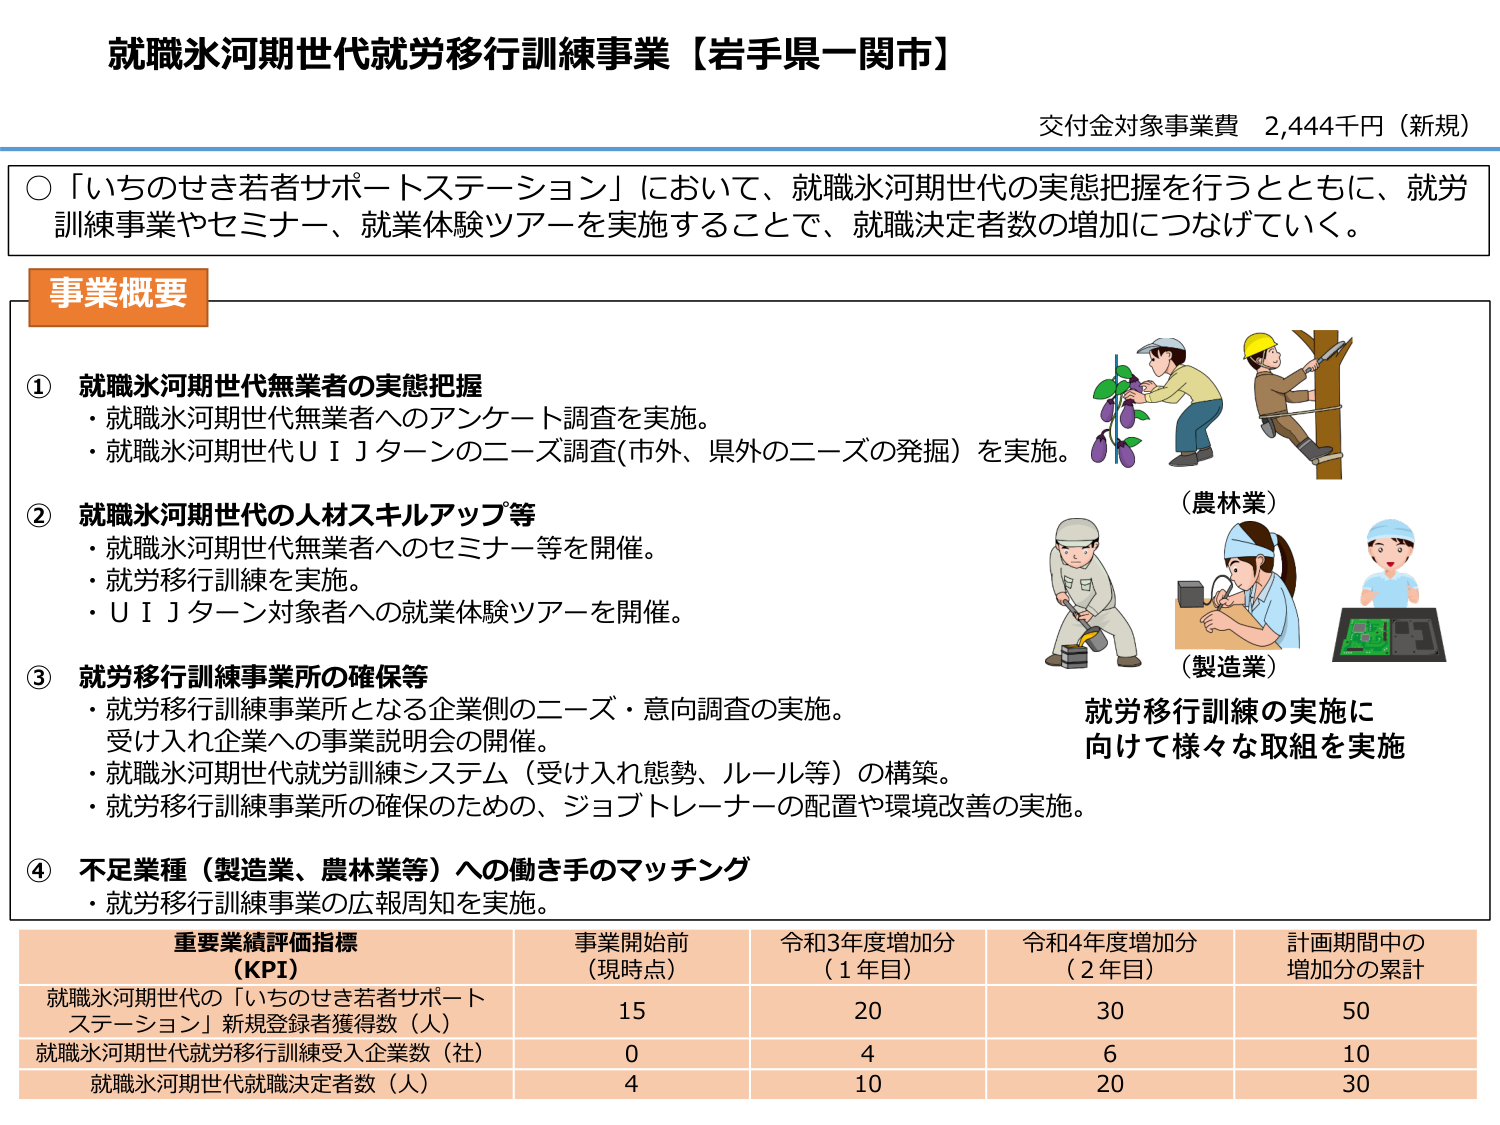
就職氷河期世代就労移行訓練事業【岩手県一関市】
交付金対象事業費 2,444千円（新規）

○「いちのせき若者サポートステーション」において、就職氷河期世代の実態把握を行うとともに、就労訓練事業やセミナー、就業体験ツアーを実施することで、就職決定者数の増加につなげていく。

**事業概要**

① 就職氷河期世代無業者の実態把握
・就職氷河期世代無業者へのアンケート調査を実施。
・就職氷河期世代ＵＩＪターンのニーズ調査（市外、県外のニーズの発掘）を実施。

② 就職氷河期世代の人材スキルアップ等
・就職氷河期世代無業者へのセミナー等を開催。
・就労移行訓練を実施。
・ＵＩＪターン対象者への就業体験ツアーを開催。

③ 就労移行訓練事業所の確保等
・就労移行訓練事業所となる企業側のニーズ・意向調査の実施。受け入れ企業への事業説明会の開催。
・就職氷河期世代就労訓練システム（受け入れ態勢、ルール等）の構築。
・就労移行訓練事業所の確保のための、ジョブトレーナーの配置や環境改善の実施。

④ 不足業種（製造業、農林業等）への働き手のマッチング
・就労移行訓練事業の広報周知を実施。

（農林業）
（製造業）
就労移行訓練の実施に
向けて様々な取組を実施

**重要業績評価指標（KPI）**
| | 事業開始前（現時点） | 令和3年度増加分（1年目） | 令和4年度増加分（2年目） | 計画期間中の増加分の累計 |
|---|---|---|---|---|
| 就職氷河期世代の「いちのせき若者サポートステーション」新規登録者獲得数（人） | 15 | 20 | 30 | 50 |
| 就職氷河期世代就労移行訓練受入企業数（社） | 0 | 4 | 6 | 10 |
| 就職氷河期世代就職決定者数（人） | 4 | 10 | 20 | 30 |